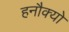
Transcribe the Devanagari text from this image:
हनौक्यो